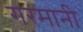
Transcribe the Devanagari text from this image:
गरमानी